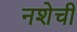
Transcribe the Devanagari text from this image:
नशेची